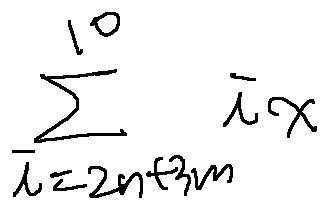
\sum \limits _ { i = 2 n + 3 m } ^ { 1 0 } i x